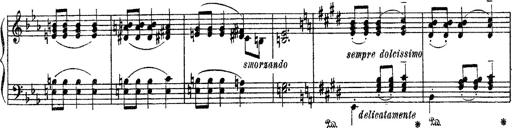
Title: Apparitions
Composer: Franz Liszt